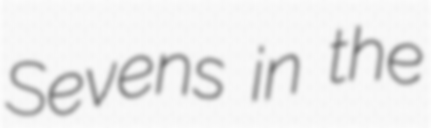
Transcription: Sevens in the